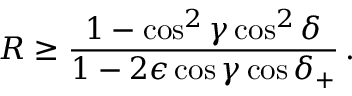
R \geq \frac { 1 - \cos ^ { 2 } \gamma \cos ^ { 2 } \delta } { 1 - 2 \epsilon \cos \gamma \cos \delta _ { + } } \, .